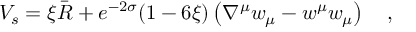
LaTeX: V _ { s } = \xi \bar { R } + e ^ { - 2 \sigma } ( 1 - 6 \xi ) \left( \nabla ^ { \mu } w _ { \mu } - w ^ { \mu } w _ { \mu } \right) { } ~ ~ ~ ,